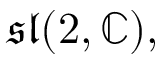
{ \mathfrak { s l } } ( 2 , \mathbb { C } ) ,